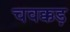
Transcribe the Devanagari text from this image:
चवक्कड़